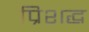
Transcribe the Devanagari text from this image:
प्रिशद्ध